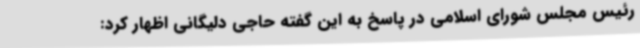
رئیس مجلس شورای اسلامی در پاسخ به این گفته حاجی دلیگانی اظهار کرد: